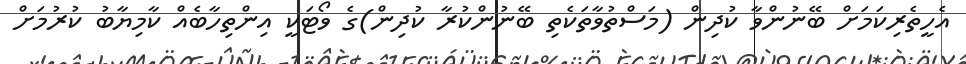
އެހީތެރިކަމަށް ބޭނުންވާ ކުދިން (މަސްތުވާތަކެތި ބޭނުންކުރާ ކުދިން)ގެ ވޯޓަކީ އިންތިހާބެއް ކާމިޔާބު ކުރުމަށް